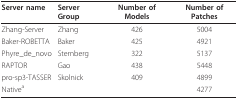
| Server name | Server Group | Number of Models | Number of Patches |
 | --- | --- | --- | --- |
 | Zhang-Server | Zhang | 426 | 5004 |
 | Baker-ROBETTA | Baker | 425 | 4921 |
 | Phyre_de_novo | Sternberg | 322 | 5137 |
 | RAPTOR | Gao | 438 | 5448 |
 | pro-sp3-TASSER | Skolnick | 409 | 4899 |
 | Nativea |  |  | 4277 |